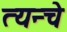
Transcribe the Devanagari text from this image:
त्यन्चे